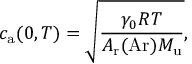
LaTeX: c _ { \mathrm { a } } ( 0 , T ) = { \sqrt { \frac { \gamma _ { 0 } R T } { A _ { \mathrm { r } } ( \mathrm { A r } ) M _ { \mathrm { u } } } } } ,